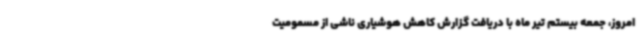
امروز، جمعه بیستم تیر ماه با دریافت گزارش کاهش هوشیاری ناشی از مسمومیت